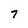
Character: 7